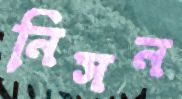
নিসন